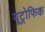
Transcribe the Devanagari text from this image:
यूट्रोफिक